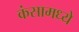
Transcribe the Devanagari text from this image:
कंसामध्ये